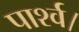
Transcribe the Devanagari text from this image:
पार्श्व।